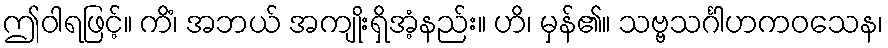
ဤဝါရဖြင့်။ ကိံ၊ အဘယ် အကျိုးရှိအံ့နည်း။ ဟိ၊ မှန်၏။ သဗ္ဗသင်္ဂါဟကဝသေန၊